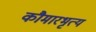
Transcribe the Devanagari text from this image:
कौमारभृत्‍य